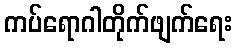
ကပ်ရောဂါတိုက်ဖျက်ရေး